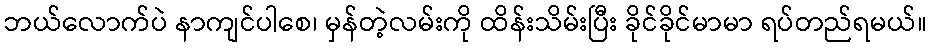
ဘယ်လောက်ပဲ နာကျင်ပါစေ၊ မှန်တဲ့လမ်းကို ထိန်းသိမ်းပြီး ခိုင်ခိုင်မာမာ ရပ်တည်ရမယ်။